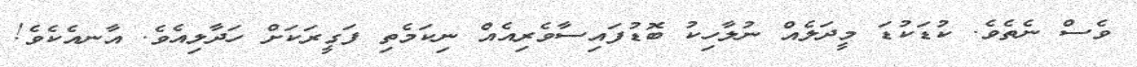
ވެސް ނެތެވެ. ކުޑަކުޑަ މީދަލެއް ނުލާހިކު ބޮޑުފައިސާވެރިއެއް ނިކަމެތި ފަގީރަކަށް ހަދާލިއެވެ. އާނއެކެވެ!